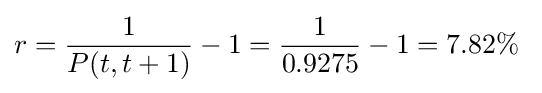
r={\frac {1}{P(t,t+1)}}-1={\frac {1}{0.9275}}-1=7.82\%~